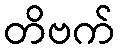
တိဗက်